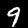
Label: 9